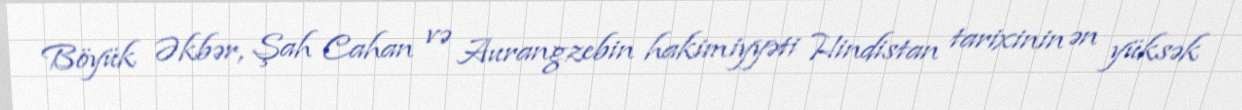
Böyük Əkbər, Şah Cahan və Aurangzebin hakimiyyəti Hindistan tarixinin ən yüksək